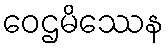
ဝေဌမိဿေန